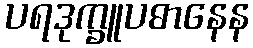
ပရဒုက္ခူပဓာနေန